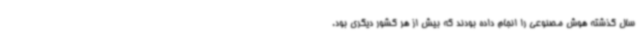
سال گذشته هوش مصنوعی را انجام داده بودند که بیش از هر کشور دیگری بود.